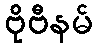
ဗိုဗီနမ်